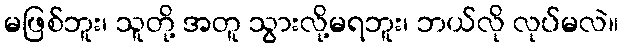
မဖြစ်ဘူး၊ သူတို့ အတူ သွားလို့မရဘူး၊ ဘယ်လို လုပ်မလဲ။